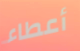
أعطاء